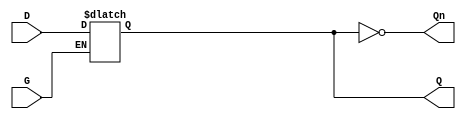
module gated_latch (
    input wire D,    // Data input
    input wire G,    // Gate control signal
    output reg Q,    // Output signal
    output wire Qn   // Complement of the output Q
);

// Assign the complement of Q to Qn
assign Qn = ~Q;

// Always block to implement the latch behavior
always @(*) begin
    if (G) begin
        // When G is high, Q follows D
        Q = D;
    end
    // When G is low, Q retains its value
end

endmodule